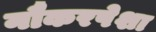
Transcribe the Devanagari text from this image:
नौकरपेशा